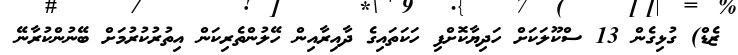
ޒެޑް) ގުޅިގެން 13 ސްކޫލަކަށް ހަދިޔާކޮށްފި ހަކަތައިގެ ދާއިރާއިން ހޭލުންތެރިކަން އިތުރުކުރުމަށް ބޭނުންކުރާނޭ